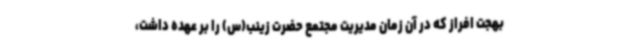
بهجت افراز که در آن زمان مدیریت مجتمع حضرت زینب(س) را بر عهده داشت،